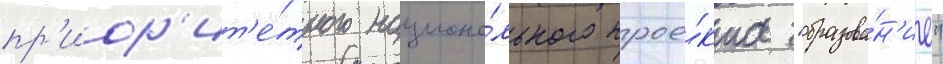
пр'иор'ит'е́тного национа́льного прое́кта "образова́н'ие"